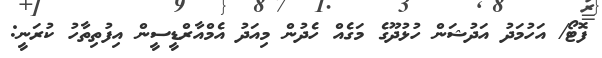
ފޮޓޯ/ އަހުމަދު އަދުޝަން ހުޅުދޫގެ މަގެއް ހެދުން މިއަދު އެމްއާރްޑީސީން އިފުތިތާހު ކުރަނީ: